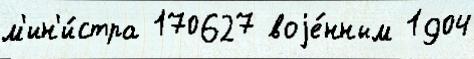
м'ин'и́стра 170627 воjе́нным 1904